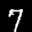
Label: 7